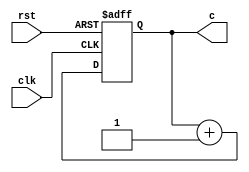
// 3 bit counter with asynchronous reset
module count(c,clk,rst);

input clk,rst; 
output [2:0]c;
reg [2:0]c;

always @(posedge clk or posedge rst)
     begin
        if (rst)
           c = 3'b000;
          else
           c = c + 1;
      end

endmodule